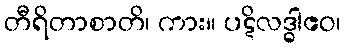
တီရိတာစာတိ၊ ကား။ ပဋိလဒ္ဓါဧဝ၊